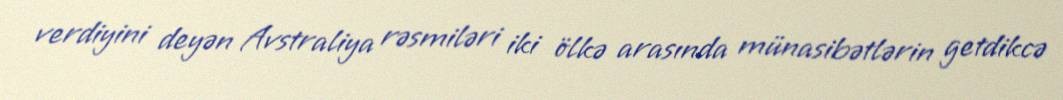
verdiyini deyən Avstraliya rəsmiləri iki ölkə arasında münasibətlərin getdikcə